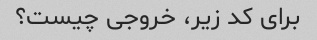
برای کد زیر، خروجی چیست؟